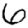
Digit: 6